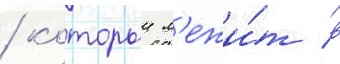
/ которыи л'ежи́т в